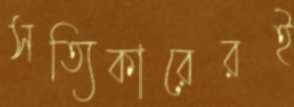
সত্যিকারেরই